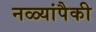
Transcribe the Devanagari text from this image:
नळ्यांपैकी